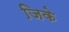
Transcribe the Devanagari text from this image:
जिके